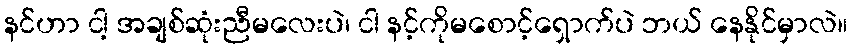
နင်ဟာ ငါ့ အချစ်ဆုံးညီမလေးပဲ၊ ငါ နင့်ကိုမစောင့်ရှောက်ပဲ ဘယ် နေနိုင်မှာလဲ။